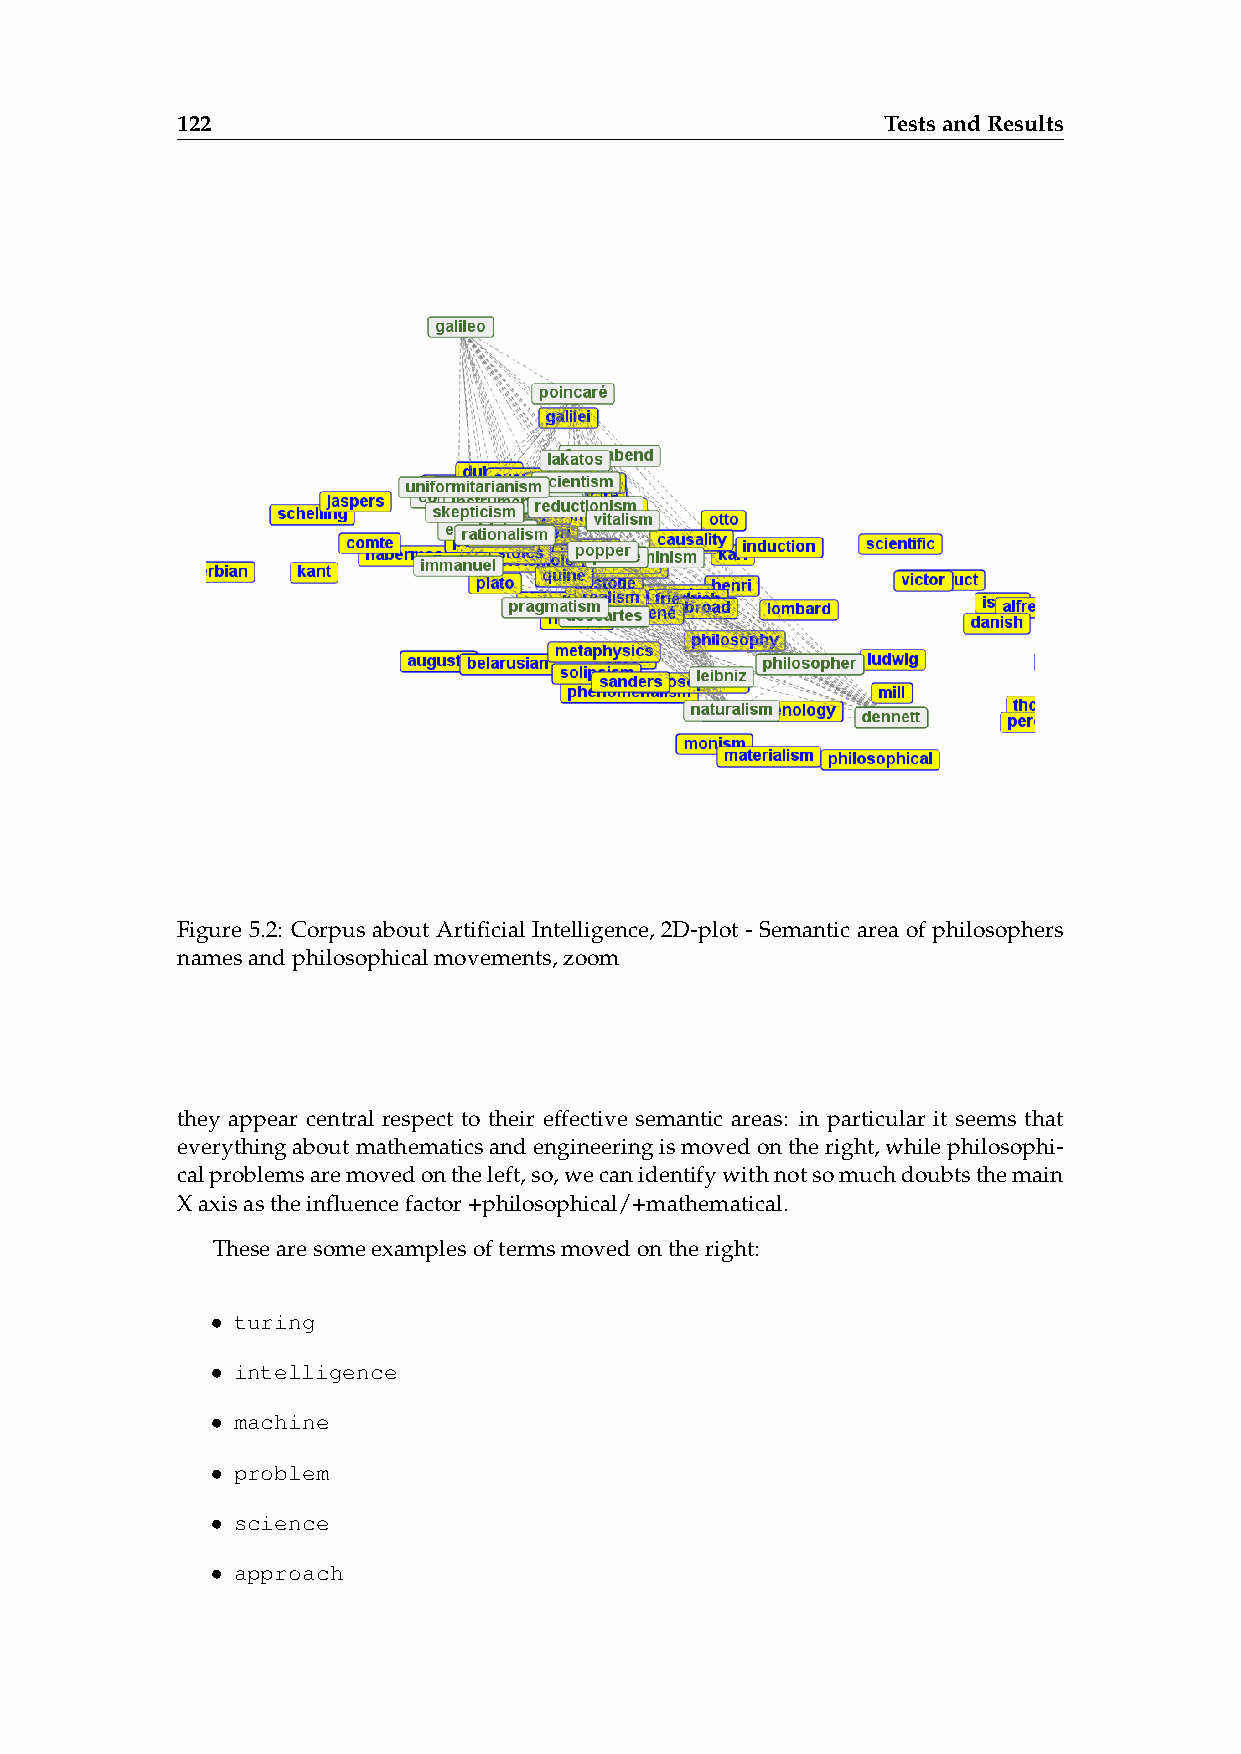
122                                            TestsandResults
 Figure 5.2: Corpus about Artificial Intelligence, 2D-plot - Semantic area of philosophers
 namesandphilosophicalmovements,zoom
 they appear central respect to their effective semantic areas: in particular it seems that
 everythingaboutmathematicsandengineeringismovedontheright,whilephilosophi-
 calproblemsaremovedontheleft,so,wecanidentifywithnotsomuchdoubtsthemain
 Xaxisastheinfluencefactor+philosophical/+mathematical.
 Thesearesomeexamplesoftermsmovedontheright:
 • turing
 • intelligence
 • machine
 • problem
 • science
 • approach